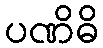
ပဏိဓိ